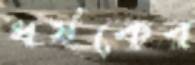
ধর্ষকের